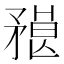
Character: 𥎇